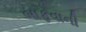
બાફવાની